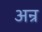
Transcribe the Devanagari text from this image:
अन्र